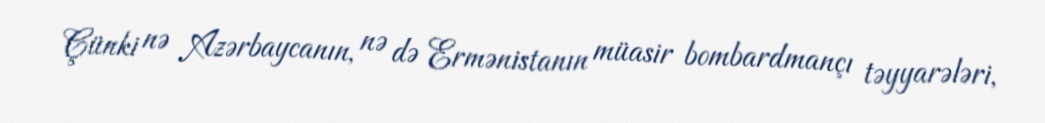
Çünki nə Azərbaycanın, nə də Ermənistanın müasir bombardmançı təyyarələri,